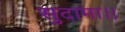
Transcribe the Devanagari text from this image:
सुदामा।।